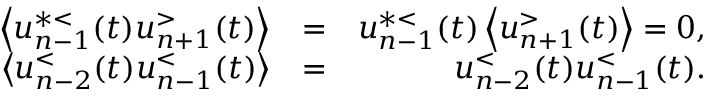
\begin{array} { r l r } { \left\langle u _ { n - 1 } ^ { * < } ( t ) u _ { n + 1 } ^ { > } ( t ) \right\rangle } & { = } & { u _ { n - 1 } ^ { * < } ( t ) \left\langle u _ { n + 1 } ^ { > } ( t ) \right\rangle = 0 , } \\ { \left\langle u _ { n - 2 } ^ { < } ( t ) u _ { n - 1 } ^ { < } ( t ) \right\rangle } & { = } & { u _ { n - 2 } ^ { < } ( t ) u _ { n - 1 } ^ { < } ( t ) . } \end{array}